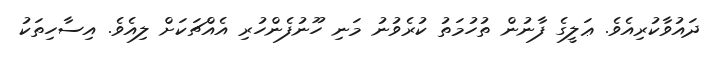
ދައުވާކުރިއެވެ. ޢަލީގެ ފާނުން ތުހުމަތު ކުރެވުނު މަނި ހޫނުފެންހުރި އެއްޗަކަށް ލިއެވެ. އިސާހިތަކު